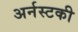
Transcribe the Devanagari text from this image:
अर्नस्टकी